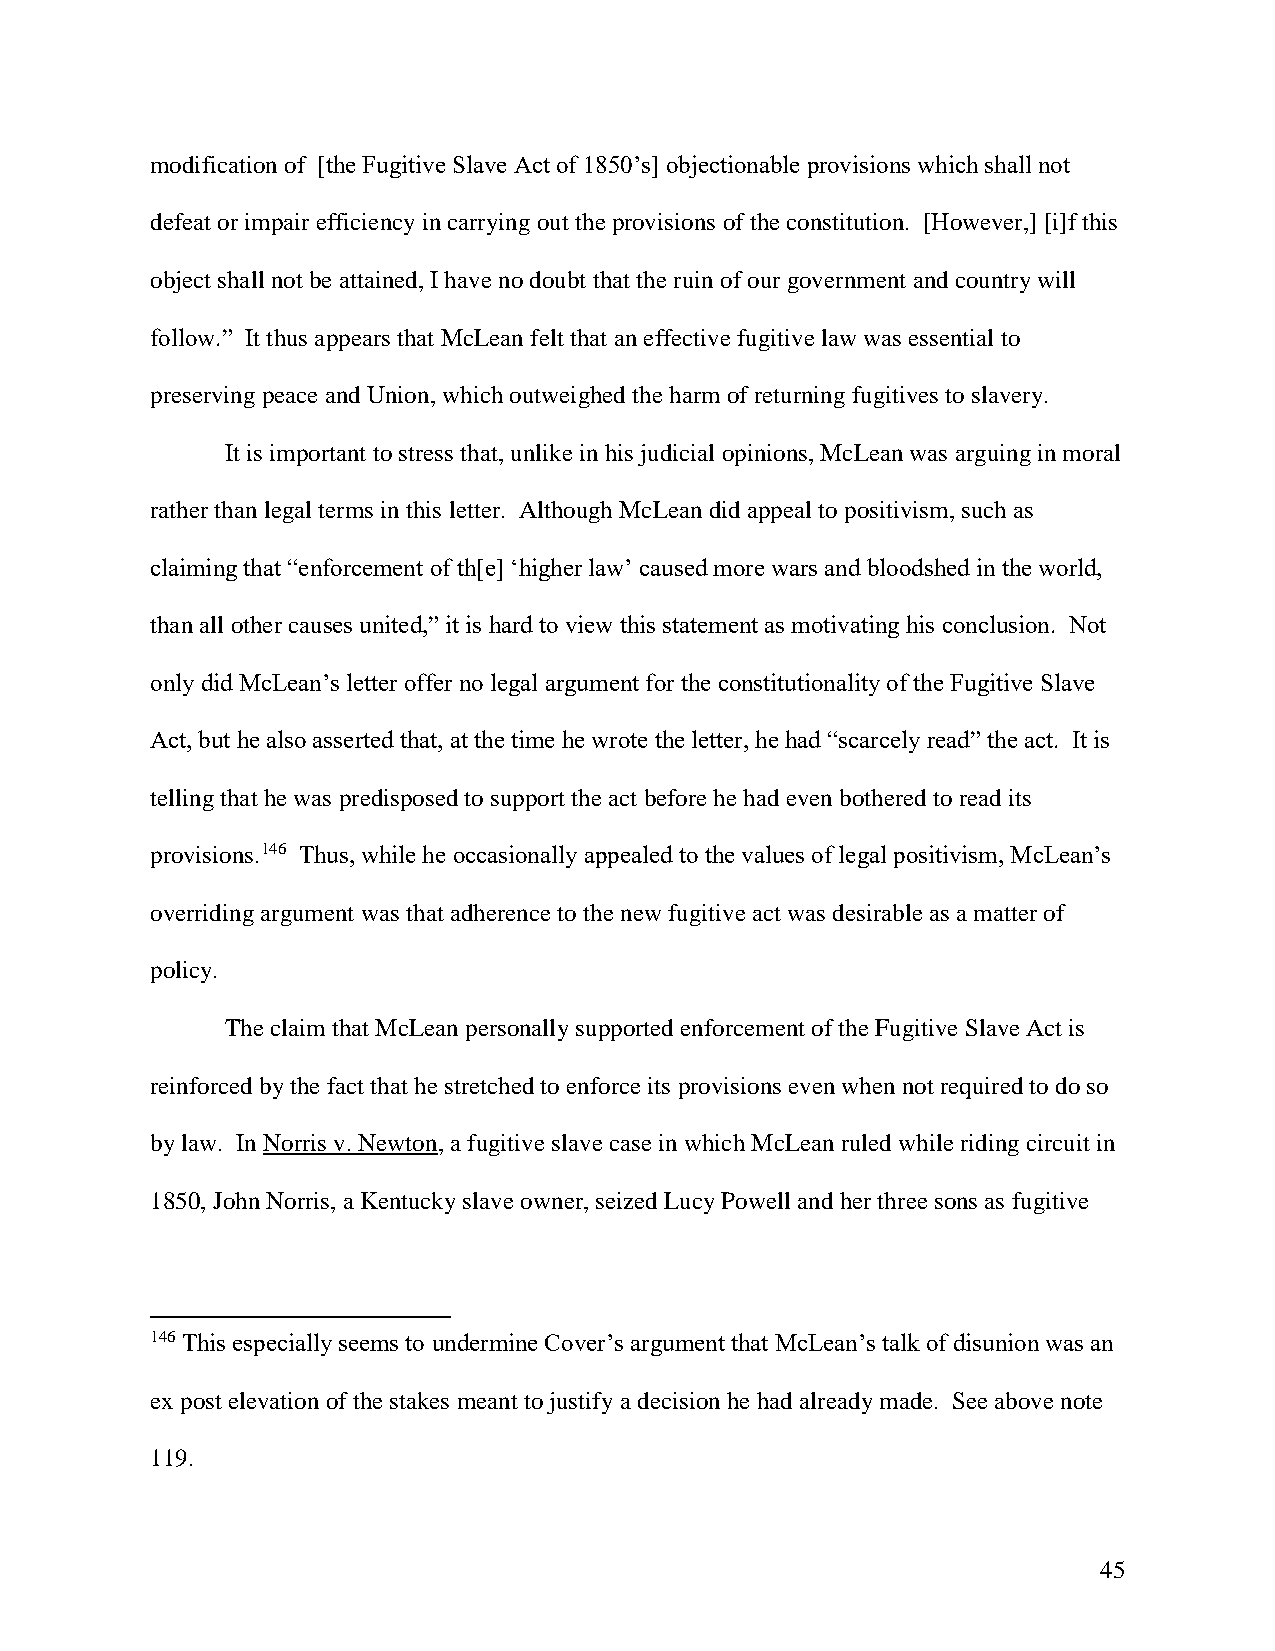
modification of [the Fugitive Slave Act of 1850’s] objectionable provisions which shall not
 defeat or impair efficiency in carrying out the provisions of the constitution. [However,] [i]f this
 object shall not be attained, I have no doubt that the ruin of our government and country will
 follow.” It thus appears that McLean felt that an effective fugitive law was essential to
 preserving peace and Union, which outweighed the harm of returning fugitives to slavery.
 It is important to stress that, unlike in his judicial opinions, McLean was arguing in moral
 rather than legal terms in this letter. Although McLean did appeal to positivism, such as
 claiming that “enforcement of th[e] ‘higher law’ caused more wars and bloodshed in the world,
 than all other causes united,” it is hard to view this statement as motivating his conclusion. Not
 only did McLean’s letter offer no legal argument for the constitutionality of the Fugitive Slave
 Act, but he also asserted that, at the time he wrote the letter, he had “scarcely read” the act. It is
 telling that he was predisposed to support the act before he had even bothered to read its
 provisions.146 Thus, while he occasionally appealed to the values of legal positivism, McLean’s
 overriding argument was that adherence to the new fugitive act was desirable as a matter of
 policy.
 The claim that McLean personally supported enforcement of the Fugitive Slave Act is
 reinforced by the fact that he stretched to enforce its provisions even when not required to do so
 by law. In Norris v. Newton, a fugitive slave case in which McLean ruled while riding circuit in
 1850, John Norris, a Kentucky slave owner, seized Lucy Powell and her three sons as fugitive
 146 This especially seems to undermine Cover’s argument that McLean’s talk of disunion was an
 ex post elevation of the stakes meant to justify a decision he had already made. See above note
 119.
 45